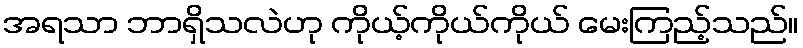
အရသာ ဘာရှိသလဲဟု ကိုယ့်ကိုယ်ကိုယ် မေးကြည့်သည်။